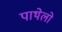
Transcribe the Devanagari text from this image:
पाथेलो